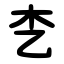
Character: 朰